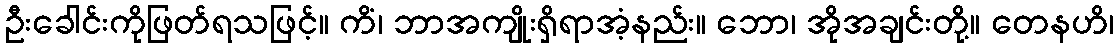
ဦးခေါင်းကိုဖြတ်ရသဖြင့်။ ကိံ၊ ဘာအကျိုးရှိရာအံ့နည်း။ ဘော၊ အိုအချင်းတို့။ တေနဟိ၊